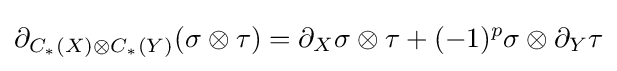
\partial _{C_{*}(X)\otimes C_{*}(Y)}(\sigma \otimes \tau )=\partial _{X}\sigma \otimes \tau +(-1)^{p}\sigma \otimes \partial _{Y}\tau